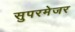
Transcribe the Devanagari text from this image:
सुपरमेजर